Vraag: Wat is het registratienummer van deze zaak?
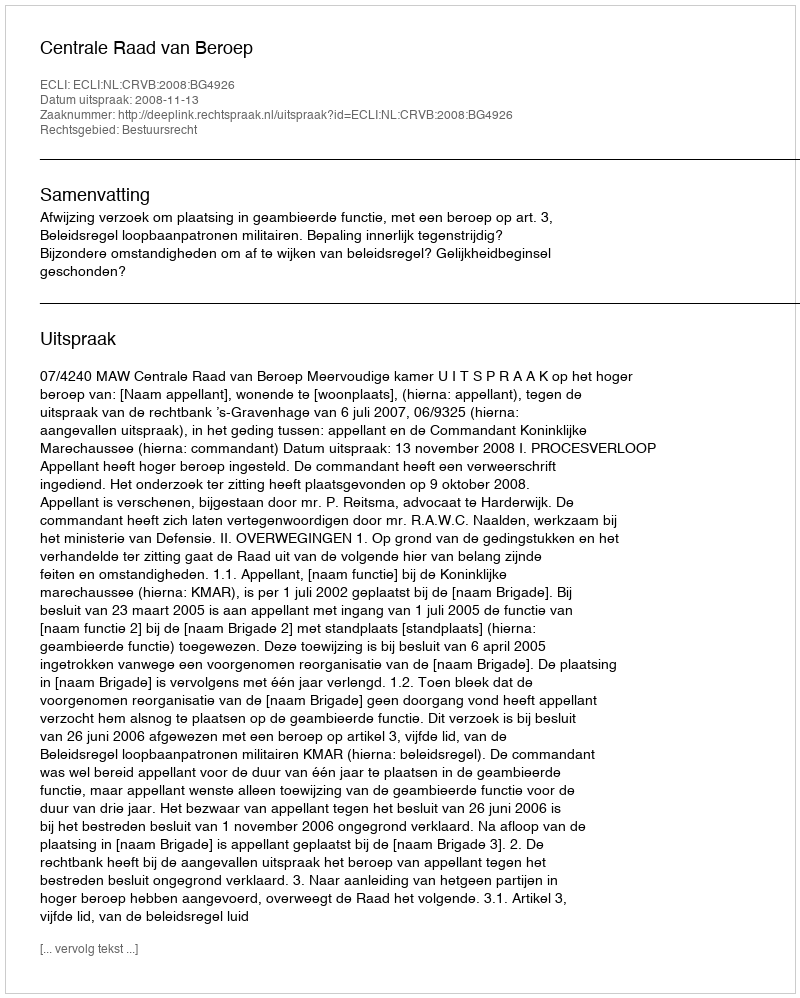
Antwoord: http://deeplink.rechtspraak.nl/uitspraak?id=ECLI:NL:CRVB:2008:BG4926